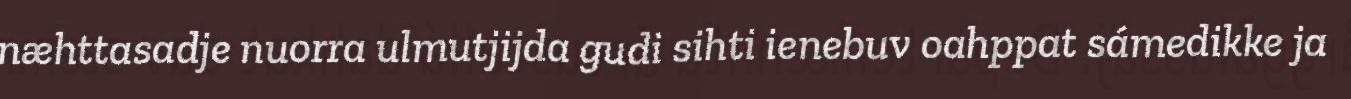
næhttasadje nuorra ulmutjijda gudi sihti ienebuv oahppat sámedikke ja